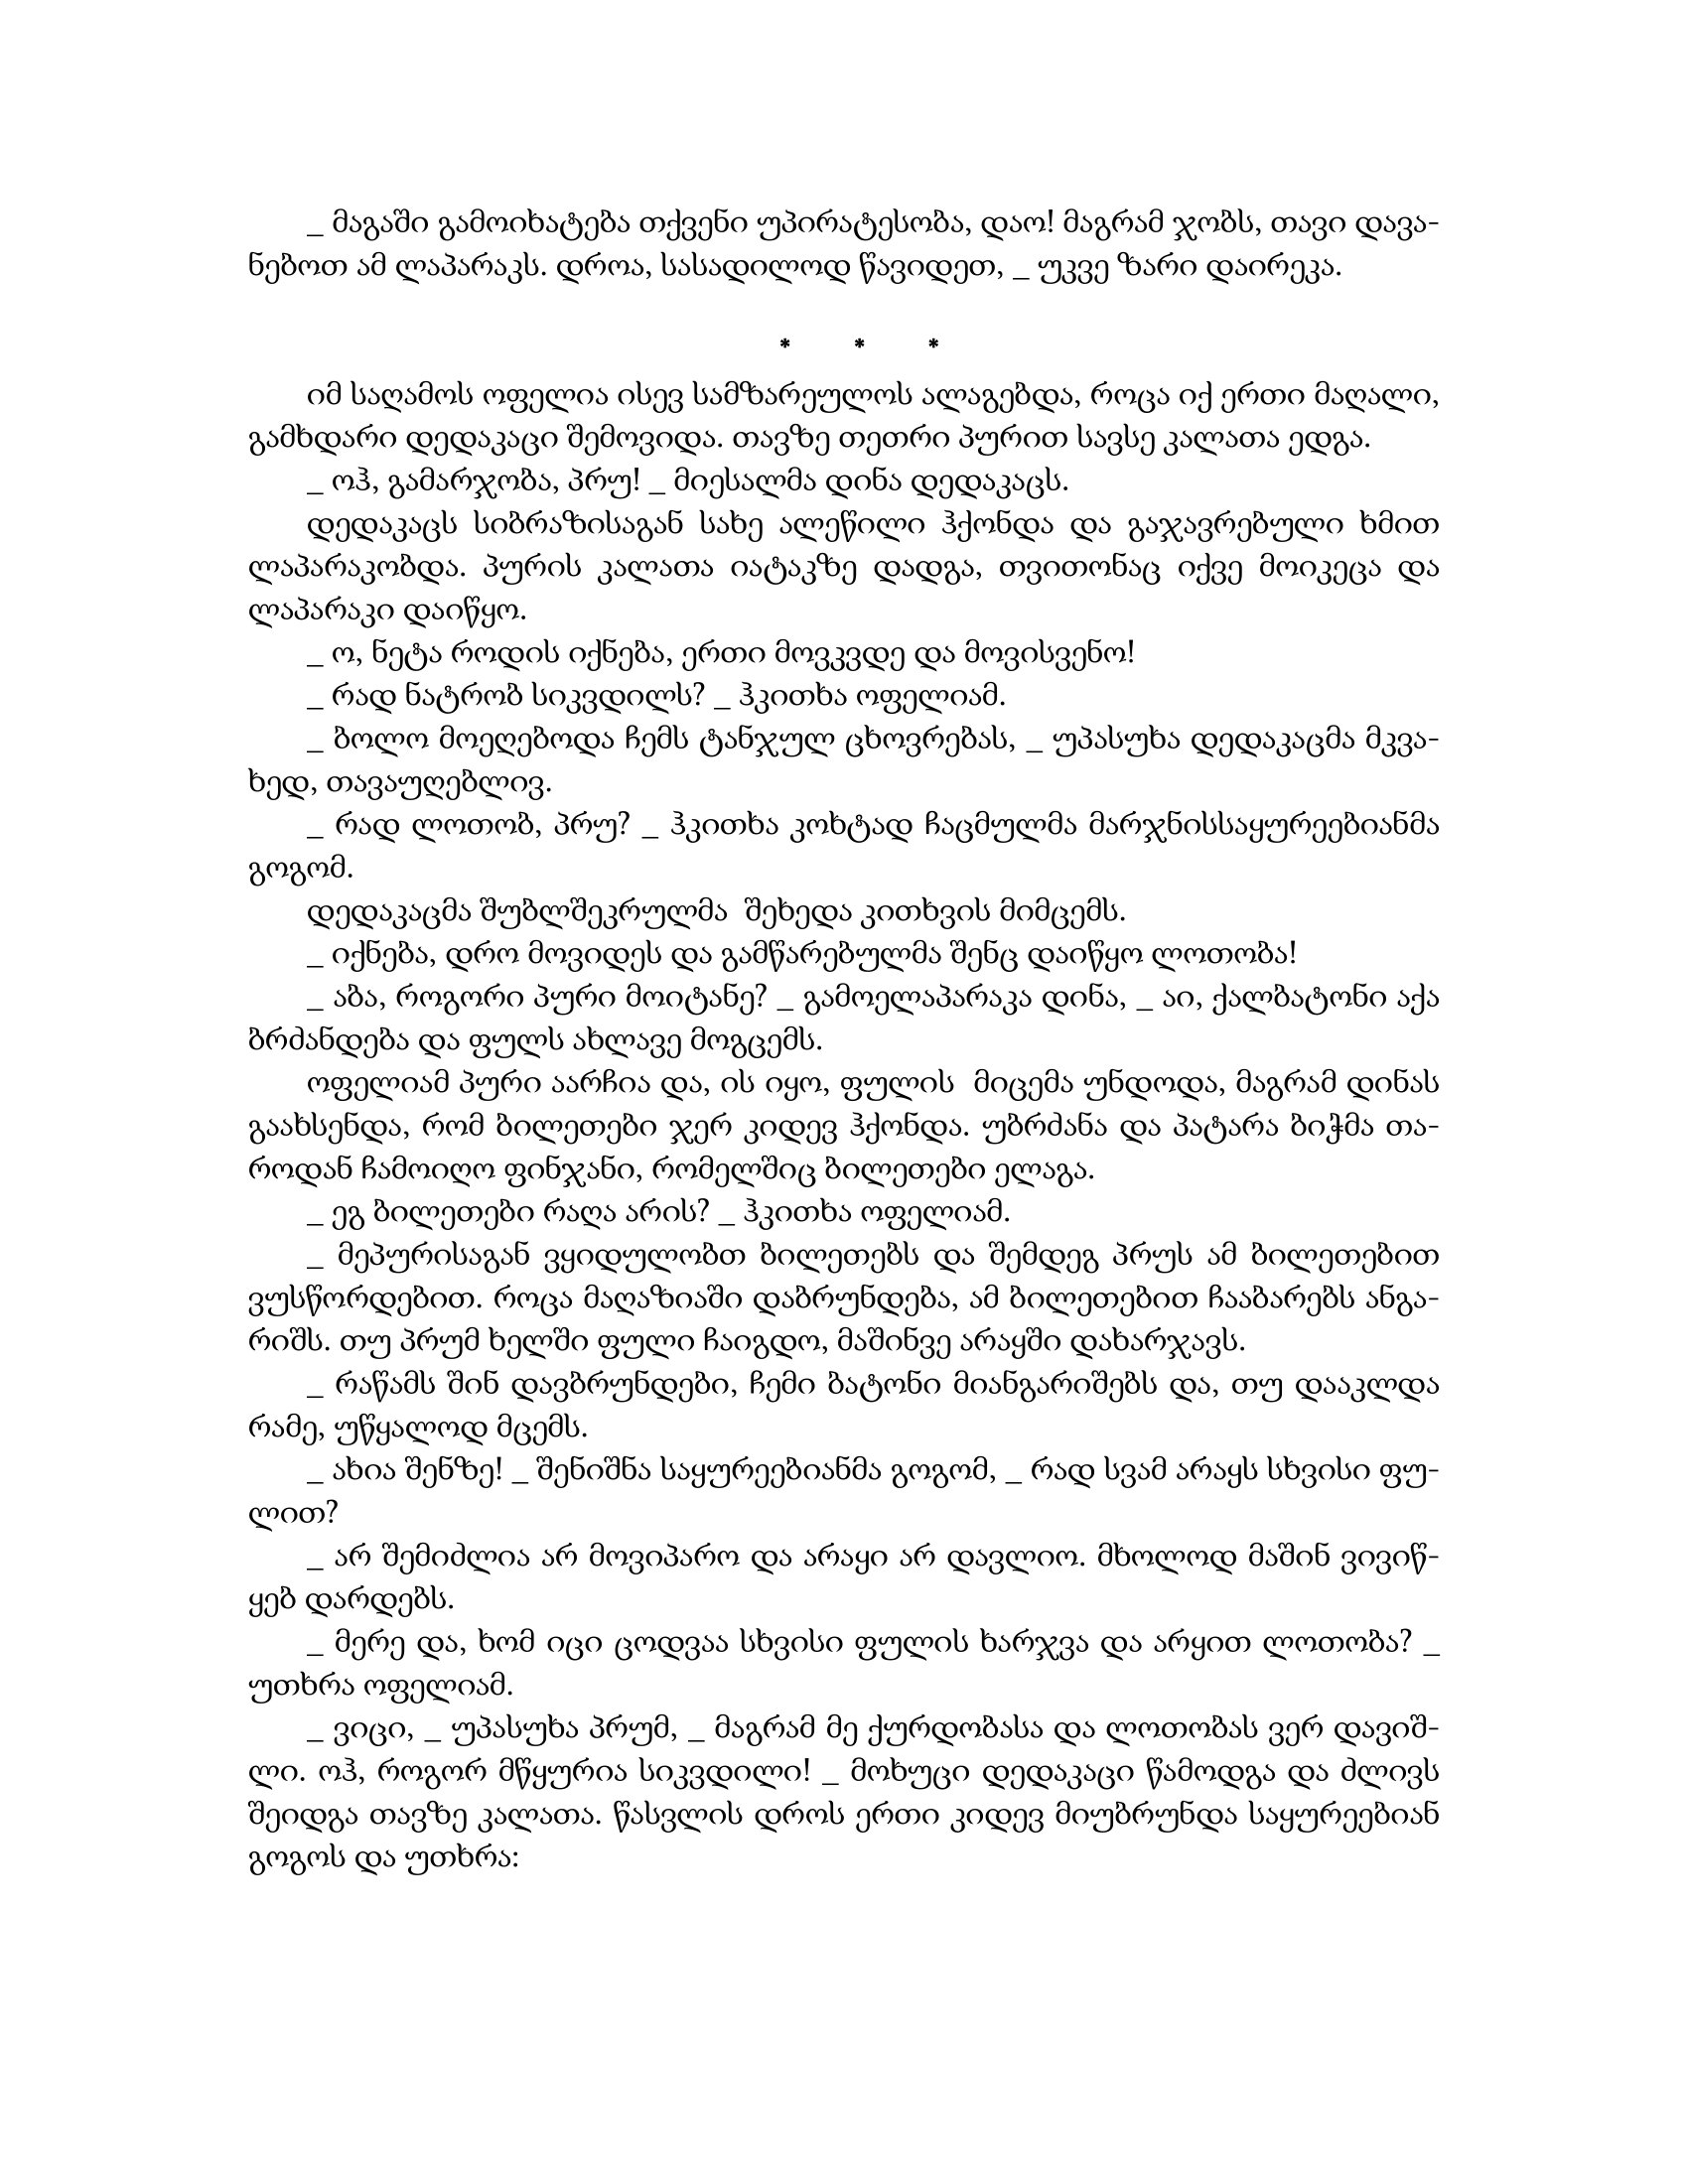
Language: gr